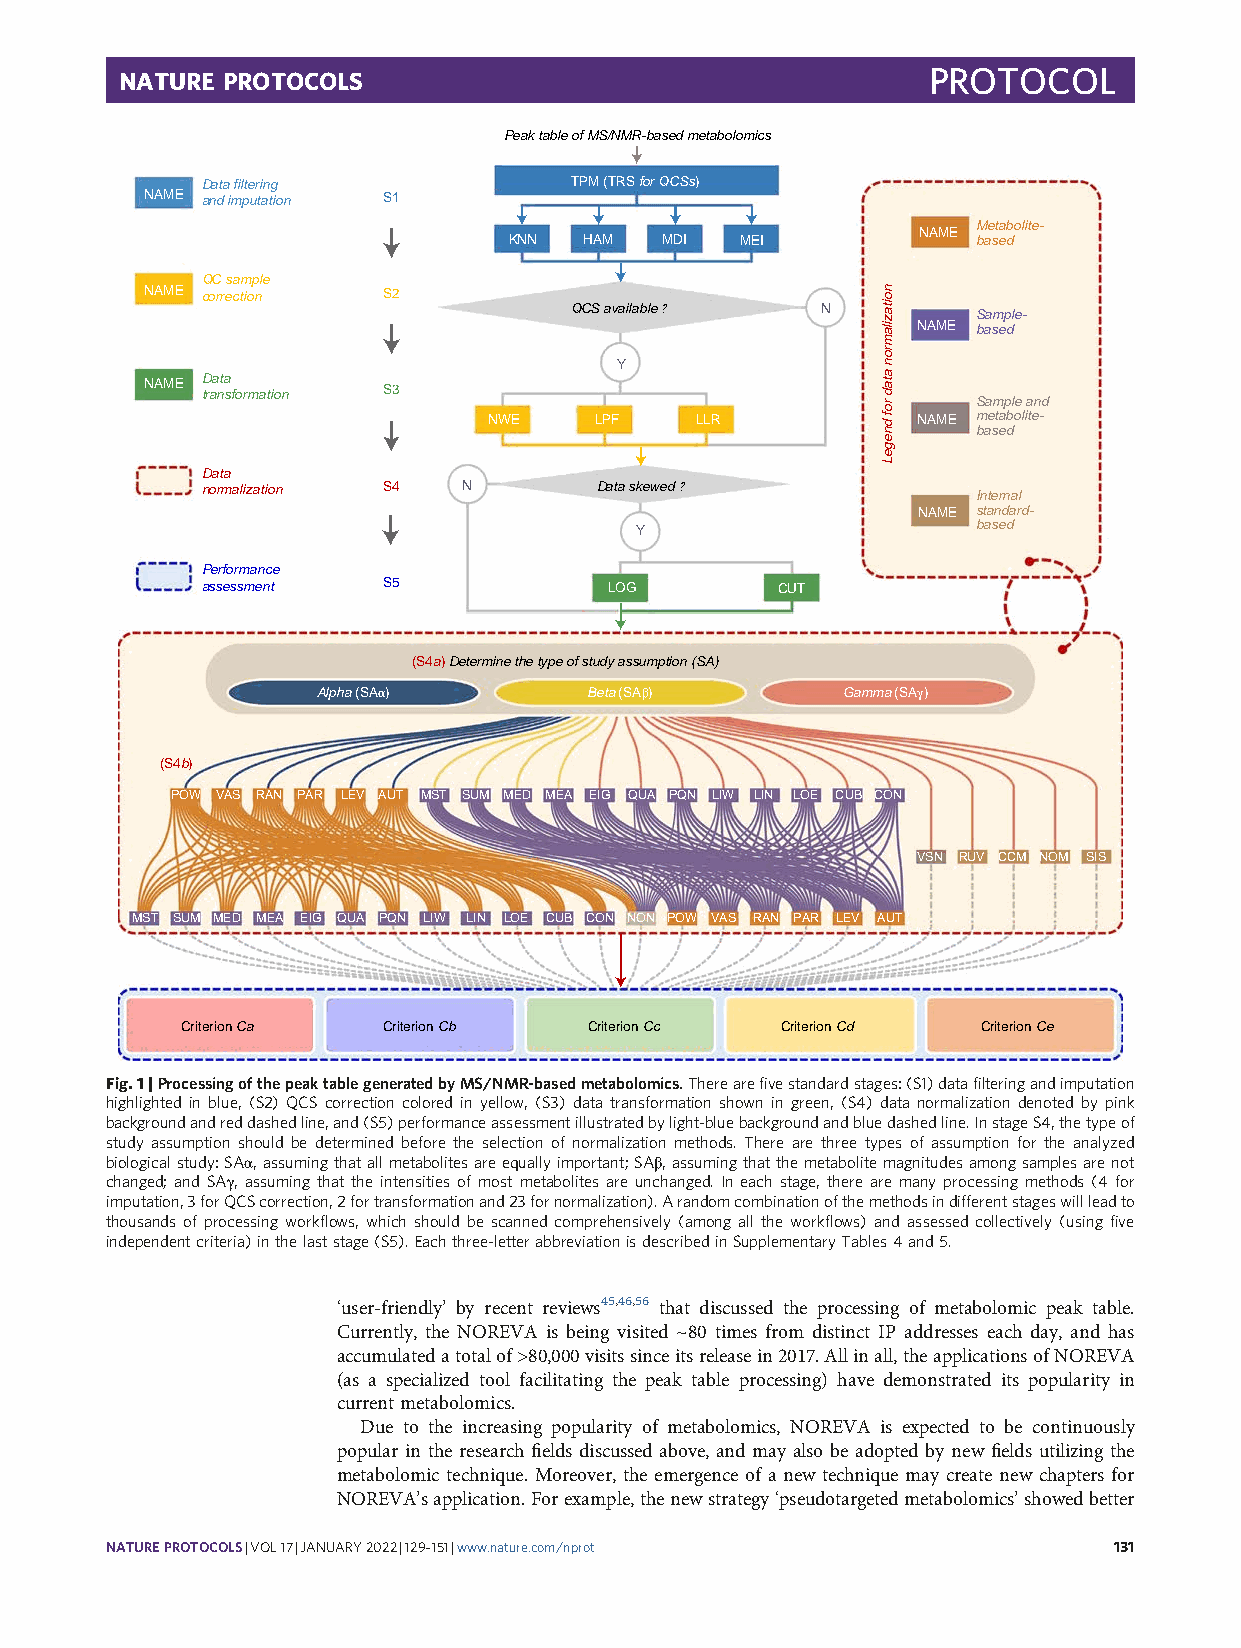
PROTOCOL
 NATURE PROTOCOLS
 Peak table of MS/NMR-based metabolomics
 Data filtering           TPM (TRS for QCSs)
 NAME and imputation S1
 Metabolite-
 NAME
 KNN  HAM  MDI  MEI             based
 QC sample
 NAME correction S2
 QCS available ? N          Sample-
 NAME based
 Y
 NAME Data
 transformation S3
 Sample and
 NWE    LPF    LLR            NAME metabolite- based
 Data
 normalization S4  N       Data skewed ?
 Internal
 NAME standard-
 Y                      based
 Performance
 assessment  S5             LOG        CUT
 (S4a) Determine the type of study assumption (SA)
 Alpha (SAα)       Beta (SAβ)       Gamma (SAγ)
 (S4b)
 POW VAS RAN PAR LEV AUT MST SUM MED MEA EIG QUA PQN LIW LIN LOE CUB CON
 VSN RUV CCM NOM SIS
 MST SUM MED MEA EIG QUA PQN LIW LIN LOE CUB CON NON POW VAS RAN PAR LEV AUT
 Criterion Ca Criterion Cb  Criterion Cc Criterion Cd Criterion Ce
 Fig.1|ProcessingofthepeaktablegeneratedbyMS/NMR-basedmetabolomics.Therearefivestandardstages:(S1)datafilteringandimputation
 highlighted in blue, (S2) QCS correction colored in yellow, (S3) data transformation shown in green, (S4) data normalization denoted by pink
 backgroundandreddashedline,and(S5)performanceassessmentillustratedbylight-bluebackgroundandbluedashedline.InstageS4,thetypeof
 study assumption should be determined before the selection of normalization methods. There are three types of assumption for the analyzed
 biologicalstudy:SAα,assumingthatallmetabolitesareequallyimportant;SAβ,assumingthatthemetabolitemagnitudesamongsamplesarenot
 changed; and SAγ, assuming that the intensities of most metabolites are unchanged. In each stage, there are many processing methods (4 for
 imputation,3forQCScorrection,2fortransformationand23fornormalization).Arandomcombinationofthemethodsindifferentstageswillleadto
 thousands of processing workflows, which should be scanned comprehensively (among all the workflows) and assessed collectively (using five
 independentcriteria)inthelaststage(S5).Eachthree-letterabbreviationisdescribedinSupplementaryTables4and5.
 ‘user-friendly’ by recent reviews45,46,56 that discussed the processing of metabolomic peak table.
 Currently, the NOREVA is being visited ~80 times from distinct IP addresses each day, and has
 accumulatedatotalof>80,000visitssinceitsreleasein2017.Allinall,theapplicationsofNOREVA
 (as a specialized tool facilitating the peak table processing) have demonstrated its popularity in
 current metabolomics.
 Due to the increasing popularity of metabolomics, NOREVA is expected to be continuously
 popular in the research fields discussed above, and may also be adopted by new fields utilizing the
 metabolomic technique. Moreover, the emergence of a new technique may create new chapters for
 NOREVA’sapplication.Forexample,thenewstrategy‘pseudotargetedmetabolomics’showedbetter
 NATUREPROTOCOLS|VOL17|JANUARY2022|129–151|www.nature.com/nprot     131
 noitazilamron
 atad
 rof
 dnegeL